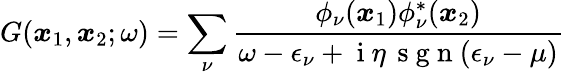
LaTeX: G(\boldsymbol{x}_{1},\boldsymbol{x}_{2};\omega)=\sum_{\nu}\frac{\phi_{\nu}(\boldsymbol{x}_{1})\phi_{\nu}^{*}(\boldsymbol{x}_{2})}{\omega-\epsilon_{\nu}+\mathrm{~i~}\eta\, \mathrm{~s~g~n~}(\epsilon_{\nu}-\mu)}